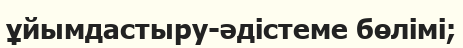
ұйымдастыру-әдістеме бөлімі;